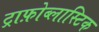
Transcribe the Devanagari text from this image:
ट्राफ़ोब्लास्टिक